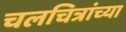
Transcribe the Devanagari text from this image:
चलचित्रांच्या